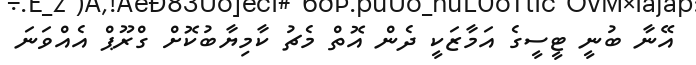
އޭނާ ބުނީ ޓީސީގެ އަމާޒަކީ ދެން އޮތް މެޗު ކާމިޔާބުކޮށް ގްރޫޕް އެއްވަނަ